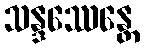
သန္ဒဿေန္တေ